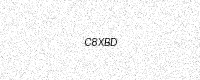
Text: C8XBD